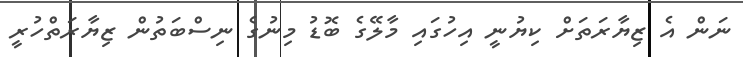
ނަން އެ ޒިޔާރަތަށް ކިޔުނީ އިހުގައި މާލޭގެ ބޮޑު މިނުގެ ނިސްބަތުން ޒިޔާރަތްހުރީ